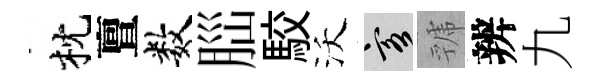
枕亶数𦛁駮沃客虢辨九